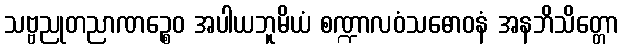
သဗ္ဗညုတညာဏဉ္စေဝ အပါယဘူမိယံ စဏ္ဍာလဝံသဓောဝနံ အနဘိသိတ္တော